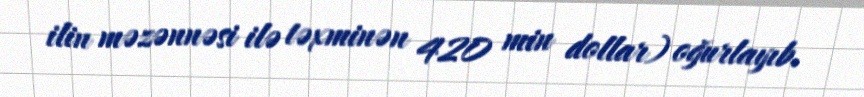
ilin məzənnəsi ilə təxminən 420 min dollar) oğurlayıb.